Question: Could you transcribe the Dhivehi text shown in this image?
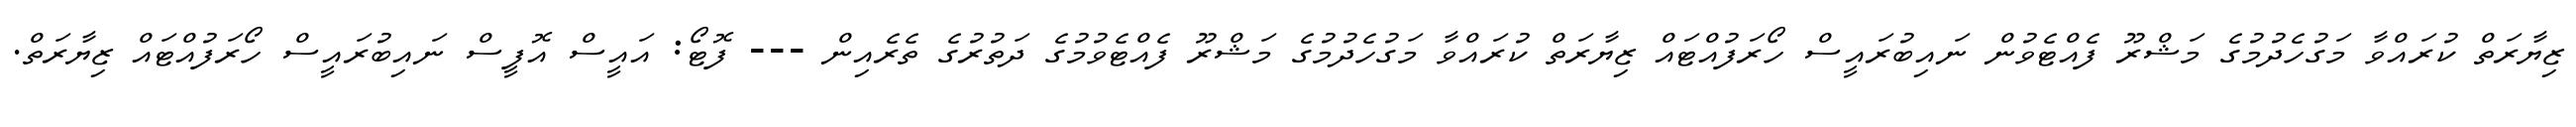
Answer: ޒިޔާރަތް ކުރައްވާ މަގުހެދުމުގެ މަޝްރޫ ފެއްޓެވުން ނައިބުރައީސް ހޯރަފުއްޓައް ޒިޔާރަތް ކުރައްވާ މަގުހެދުމުގެ މަޝްރޫ ފެއްޓެވުމުގެ ދަތުރުގެ ތެރެއިން --- ފޮޓޯ: އައީސް އޮފީސް ނައިބުރައީސް ހޯރަފުއްޓައް ޒިޔާރަތް.